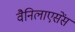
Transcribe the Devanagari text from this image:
वैनिलाएसेंस